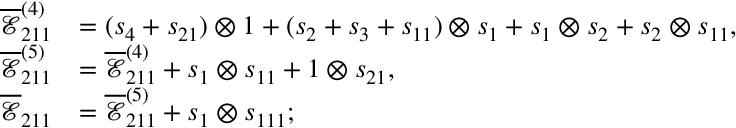
\begin{array} { r l } { \overline { { \mathcal { E } } } _ { 2 1 1 } ^ { ( 4 ) } } & { = ( s _ { 4 } + s _ { 2 1 } ) \otimes 1 + ( s _ { 2 } + s _ { 3 } + s _ { 1 1 } ) \otimes s _ { 1 } + s _ { 1 } \otimes s _ { 2 } + s _ { 2 } \otimes s _ { 1 1 } , \hfill } \\ { \overline { { \mathcal { E } } } _ { 2 1 1 } ^ { ( 5 ) } } & { = \overline { { \mathcal { E } } } _ { 2 1 1 } ^ { ( 4 ) } + s _ { 1 } \otimes s _ { 1 1 } + 1 \otimes s _ { 2 1 } , } \\ { \overline { { \mathcal { E } } } _ { 2 1 1 } } & { = \overline { { \mathcal { E } } } _ { 2 1 1 } ^ { ( 5 ) } + s _ { 1 } \otimes s _ { 1 1 1 } ; } \end{array}